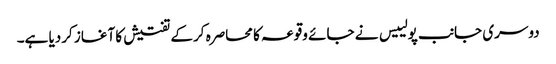
دوسری جانب پولییس نے جائے وقوعہ کا محاصرہ کرکے تفتیش کا آغاز کردیا ہے۔